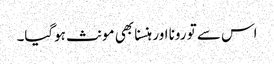
اس سے تو رونا اور ہنسنا بھی مونث ہوگیا۔